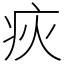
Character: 疢